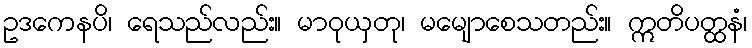
ဥဒကေနပိ၊ ရေသည်လည်း။ မာဝုယှတု၊ မမျောစေသတည်း။ ဣတိပတ္ထနံ၊